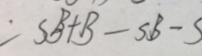
= S B + B - S B - S